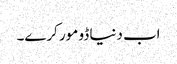
اب دنیا ڈو مور کرے۔